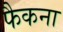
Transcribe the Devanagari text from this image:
फैकना